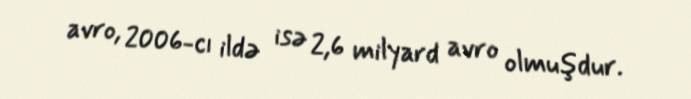
avro, 2006-cı ildə isə 2,6 milyard avro olmuşdur.